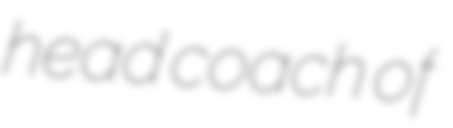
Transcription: head coach of